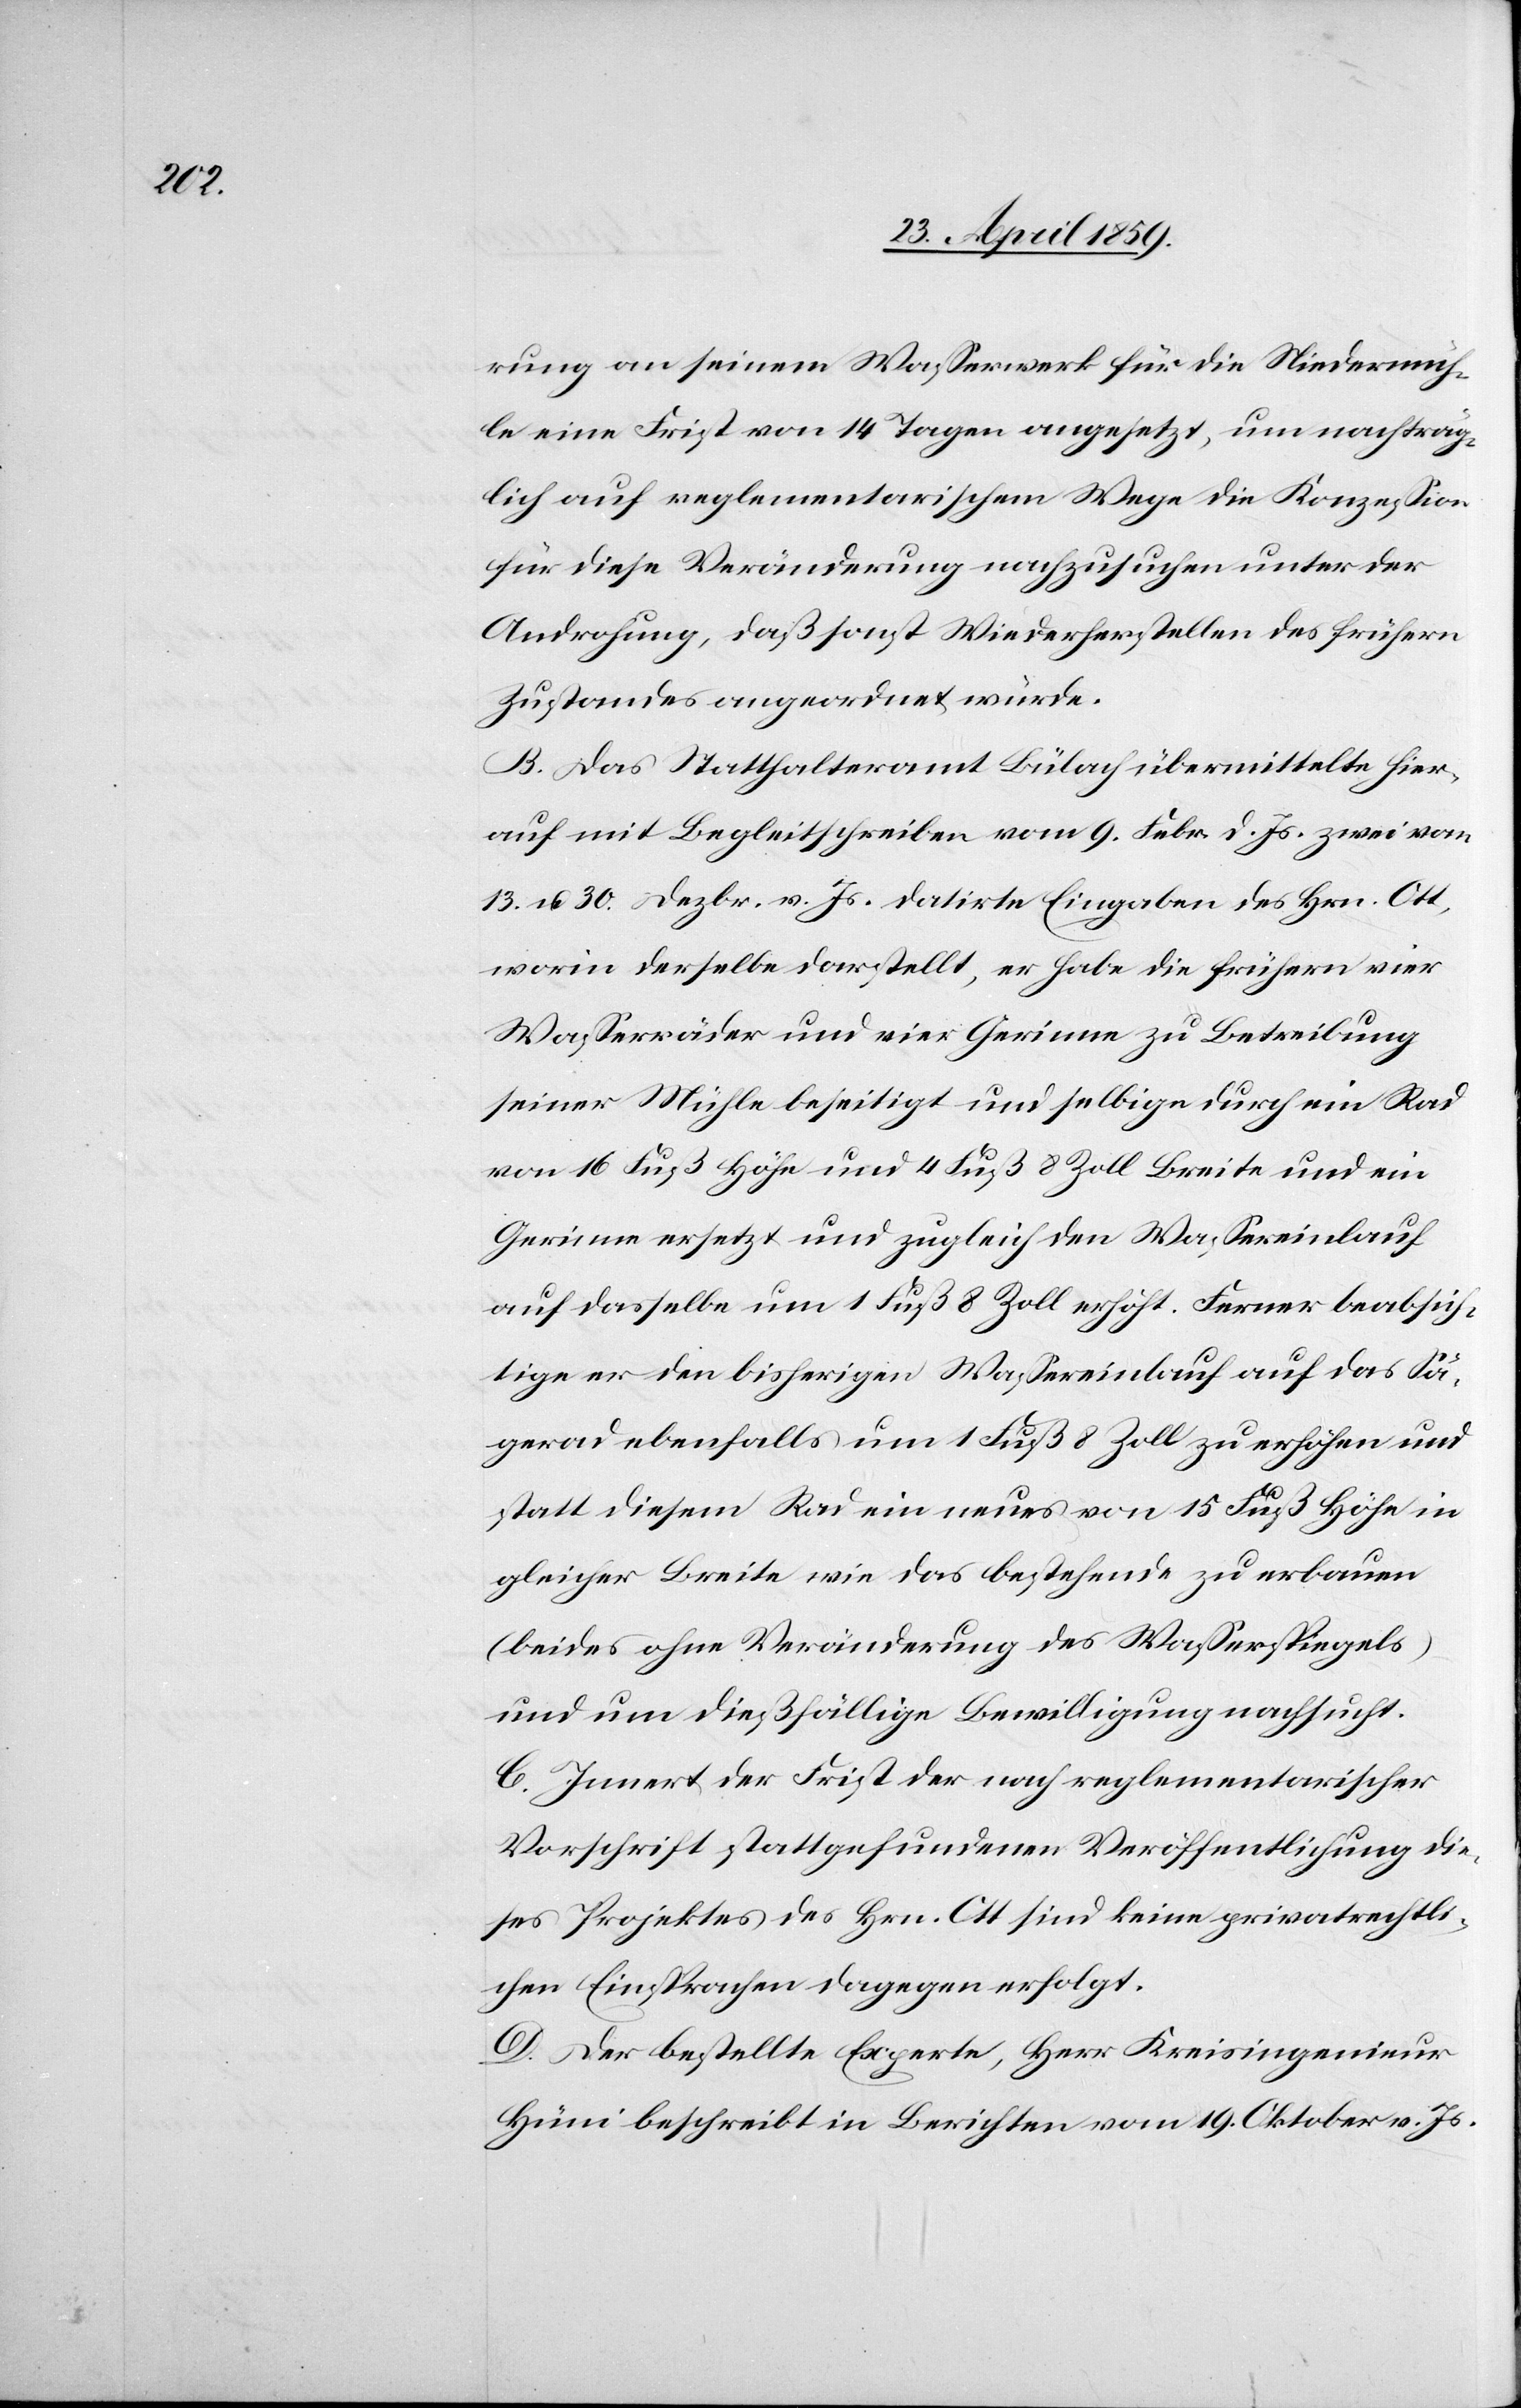
rung an seinem Waßerwerk für die Niedermüh¬
le eine Frist von 14 Tagen angesetzt, um nachträg¬
lich auf reglementarischem Wege die Konzeßion
für diese Veränderung nachzusuchen unter der
Androhung, daß sonst Wiederherstellen des frühern
Zustandes angeordnet würde.
B. Das Statthalteramt Bülach übermittelte hier¬
auf mit Begleitschreiben vom 9. Febr. d. Js. zwei von
13. u. 30. Dezbr. v. Js. datirte Eingaben des Hrn. Ott,
worin derselbe darstellt, er habe die frühern vier
Waßerräder und vier Gerinne zu Betreibung
seiner Mühle beseitigt und selbige durch ein Rad
von 16 Fuß Höhe und 4 Fuß 8 Zoll Breite und ein
Gerinne ersetzt und zugleich den Waßereinlauf
auf dasselbe um 1 Fuß 8 Zoll erhöht. Ferner beabsich¬
tige er den bisherigen Waßereinlauf auf das Sä¬
gerad ebenfalls um 1 Fuß 8 Zoll zu erhöhen und
statt diesem Rad ein neues von 15 Fuß Höhe in
gleicher Breite wie das bestehende zu erbauen
(beides ohne Veränderung des Waßerspiegels)
und um dießfällige Bewilligung nachsucht.
C. Innert der Frist der nach reglementarischer
Vorschrift stattgefundenen Veröffentlichung die¬
ses Projektes des Hrn. Ott sind keine privatrechtli¬
chen Einsprachen dagegen erfolgt.
D. Der bestellte Experte, Herr Kreisingenieur
Hüni beschreibt in Berichten vom 19. Oktober v. Js.